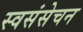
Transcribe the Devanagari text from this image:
स्वसंसेचन